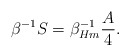
\begin{align*} \beta^{-1} S =\beta_{Hm}^{-1} {A\over 4}.\end{align*}